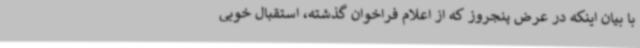
با بیان اینکه در عرض پنجروز که از اعلام فراخوان گذشته، استقبال خوبی